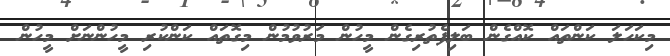
މިކަހަލަ ކަންތައް ކޮއްގެން ބަލިފެތުރިގެން މީހުން މަރުވުމުން މިގޮތައް ކަންކުރި މީހުންނަށް މީހުން